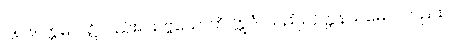
၂၈၆။ ဣဓပိ၊ ၌လည်း။ သဗ္ဗသောတိ ဣဒံ၊ သည်။ ဝုတ္တနယမေဝ၊ တည်း။